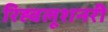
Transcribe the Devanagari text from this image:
रिह्वलूशनरी